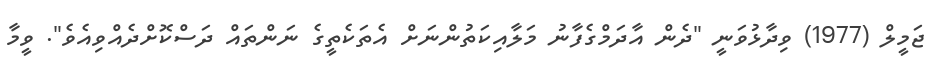
ޖަމީލް (1977) ވިދާޅުވަނީ "ދެން އާދަމްގެފާނު މަލާއިކަތުންނަށް އެތަކެތީގެ ނަންތައް ދަސްކޮށްދެއްވިއެވެ". ވީމާ